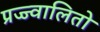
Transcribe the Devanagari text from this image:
प्रज्ज्वालितो